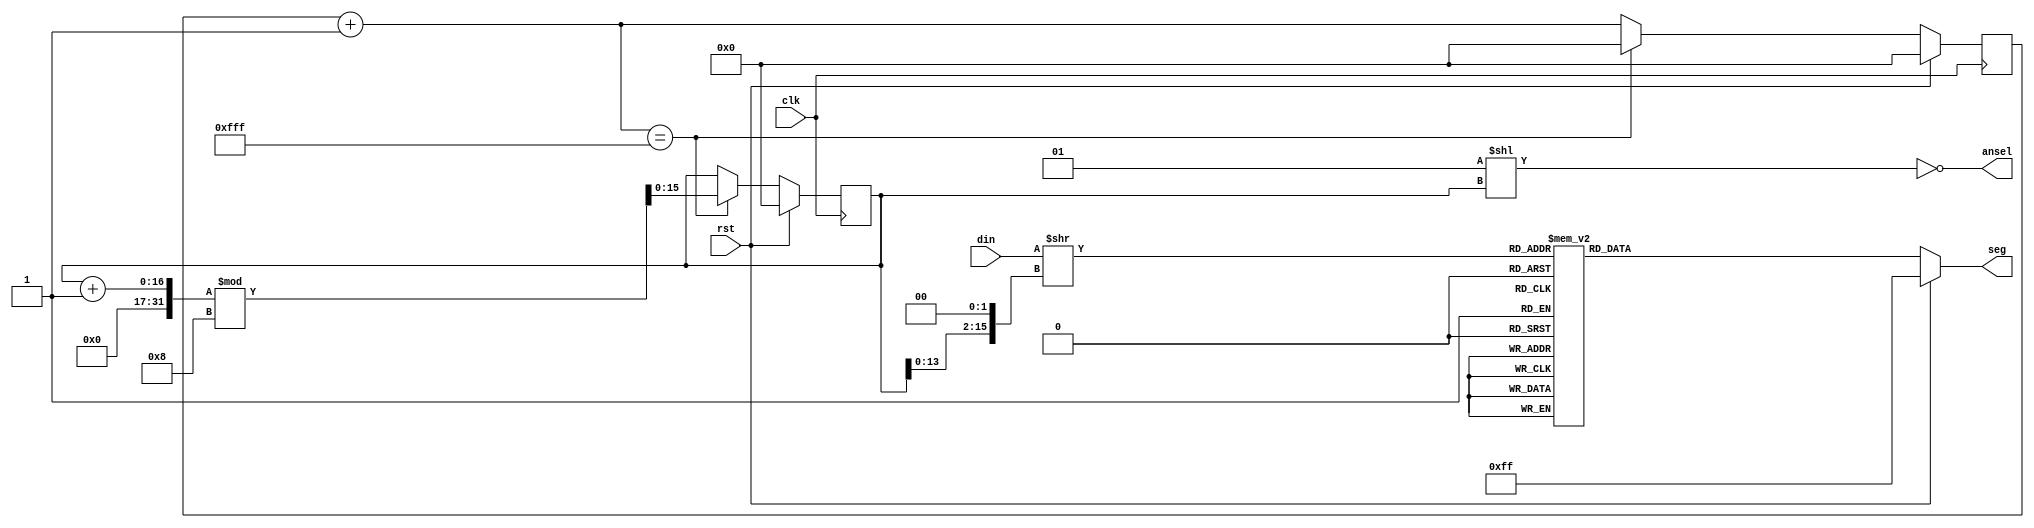
`timescale 1ns / 1ps
//////////////////////////////////////////////////////////////////////////////////
// Version:     2.19 11:26
// Reviewer:
// Review Date:
//////////////////////////////////////////////////////////////////////////////////


module SevenSegmentDisplayDriver
#(
    parameter   DIGITS  = 8,    // this parameter should NOT be changed
    parameter   CLK_DIV = 4095  // 4095 is fine, too small a value will cause display to overlap
) (
    input   wire    [DIGITS * 4 - 1:0]  din,    // hexadecimal input data
    input   wire                        clk,    // fastest system clock available
    input   wire                        rst,    // reset
    output  reg     [7:0]               seg,    // segment driver signals, ordered { a, b, ..., g, dp }
    output  wire    [DIGITS - 1:0]      ansel   // place enable signals, active on LOW
);

reg     [15:0]      _clk_counter;
reg     [15:0]      _curr_digit;
assign  ansel = ~(1 << _curr_digit);
always @ (posedge clk) begin
    if (rst) begin
        _curr_digit = 0;
        _clk_counter = 0;
    end else begin
        _clk_counter = _clk_counter + 1;
        if (_clk_counter == CLK_DIV) begin
            _curr_digit = (_curr_digit + 1) % DIGITS;
            _clk_counter = 0;
        end
    end
end

wire    [3:0]   disp_data;
assign  disp_data = din >> (_curr_digit << 2);
always @ * begin
    if (rst) begin
        seg <= -1;  // 11...111
    end else begin
        case (disp_data)
                         // { abc_defg_dp }
            4'h0:   seg <= 8'b000_0001_1;
            4'h1:   seg <= 8'b100_1111_1;
            4'h2:   seg <= 8'b001_0010_1;
            4'h3:   seg <= 8'b000_0110_1;
            4'h4:   seg <= 8'b100_1100_1;
            4'h5:   seg <= 8'b010_0100_1;
            4'h6:   seg <= 8'b010_0000_1;
            4'h7:   seg <= 8'b000_1111_1;
            4'h8:   seg <= 8'b000_0000_1;
            4'h9:   seg <= 8'b000_1100_1;
            4'ha:   seg <= 8'b000_1000_1;
            4'hb:   seg <= 8'b110_0000_1;
            4'hc:   seg <= 8'b111_0010_1;
            4'hd:   seg <= 8'b100_0010_1;
            4'he:   seg <= 8'b011_0000_1;
            4'hf:   seg <= 8'b011_1000_1;
        endcase
    end
end

endmodule